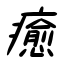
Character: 癒